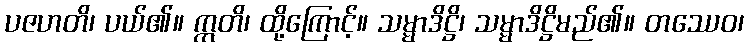
ပဇဟတိ၊ ပယ်၏။ ဣတိ၊ ထို့ကြောင့်။ သမ္မာဒိဋ္ဌိ၊ သမ္မာဒိဋ္ဌိမည်၏။ တဿေဝ၊